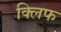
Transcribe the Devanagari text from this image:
क्‍लिफ